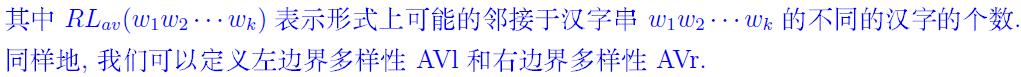
其中 $RL_{av}(w_1w_2\cdots w_k)$ 表示形式上可能的邻接于汉字串 $w_1w_2\cdots w_k$ 的不同的汉字的个数. 同样地, 我们可以定义左边界多样性 $\text{AVl}$ 和右边界多样性 $\text{AVr}$.